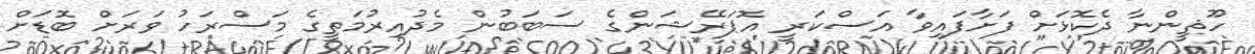
ހޫޘީންނާ ދެކޮޅަށް ފަށާފައިވާ އަސްކަރީ އޮޕަރޭޝަންގެ ސަބަބުން މެދުއިރުމަތީގެ މަސްރަހު ވަރަށް ބޮޑަށް